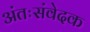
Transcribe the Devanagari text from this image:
अंतःसंवेदक